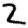
Digit: 2